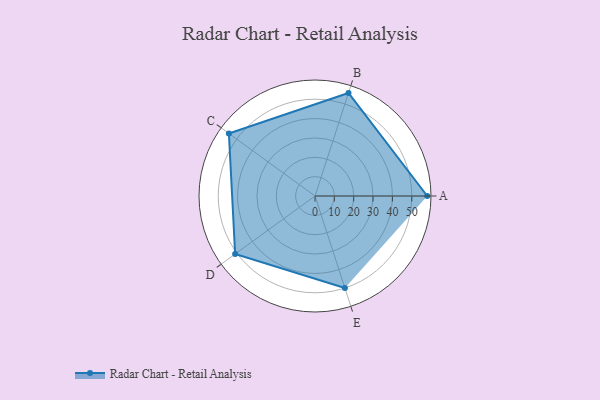
{"axis": {"x": "Skill", "y": "Score"}, "legend": ["Profile"], "data": [{"x": "A", "y": 58.0, "type": "Profile"}, {"x": "B", "y": 56.0, "type": "Profile"}, {"x": "C", "y": 55.0, "type": "Profile"}, {"x": "D", "y": 51.0, "type": "Profile"}, {"x": "E", "y": 50.0, "type": "Profile"}]}